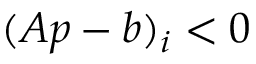
( { \boldsymbol { A } } { \boldsymbol { p } } - { \boldsymbol { b } } ) _ { i } < 0